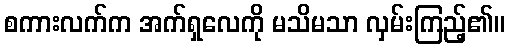
စကားလက်က အက်ရှလေကို မသိမသာ လှမ်းကြည့်၏။